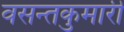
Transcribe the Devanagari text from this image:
वसन्तकुमारी